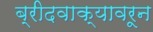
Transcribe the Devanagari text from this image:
ब्रीदवाक्यावरून